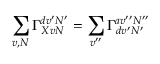
\sum _ { v , N } \Gamma _ { X v N } ^ { d v ^ { \prime } N ^ { \prime } } = \sum _ { v ^ { \prime \prime } } \Gamma _ { d v ^ { \prime } N ^ { \prime } } ^ { a v ^ { \prime \prime } N ^ { \prime \prime } }